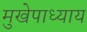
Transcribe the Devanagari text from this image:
मुखेपाध्याय